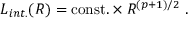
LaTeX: L _ { i n t . } ( R ) = \mathrm { c o n s t . } \times R ^ { ( p + 1 ) / 2 } \ .